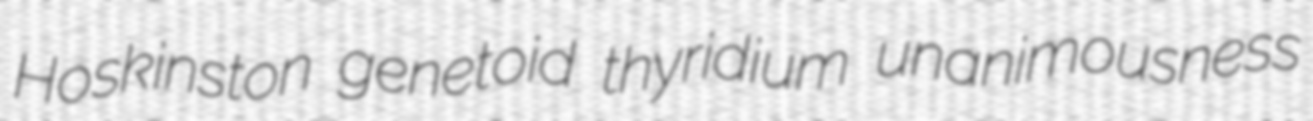
Hoskinston genetoid thyridium unanimousness